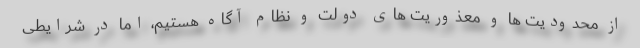
از محدودیت ها و معذوریت های دولت و نظام آگاه هستیم، اما در شرایطی